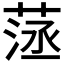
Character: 𦴸